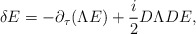
\begin{align*}\delta E=-\partial_\tau(\Lambda E) + {i\over 2}D\Lambda DE,\end{align*}